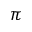
\pi